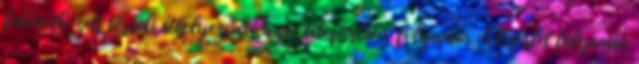
bekövetkezett térbeli áthelyeződés, azaz teleportáció folyamán. A kísérlet folyamán